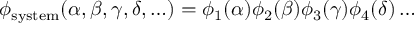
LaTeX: \phi _ { \mathrm { { s y s t e m } } } ( \alpha , \beta , \gamma , \delta , \ldots ) = \phi _ { 1 } ( \alpha ) \phi _ { 2 } ( \beta ) \phi _ { 3 } ( \gamma ) \phi _ { 4 } ( \delta ) \ldots